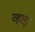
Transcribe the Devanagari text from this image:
व्हाइ